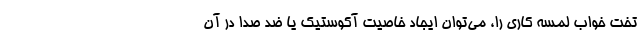
تخت خواب لمسه کاری را، می‌توان ایجاد خاصیت آکوستیک یا ضد صدا در آن